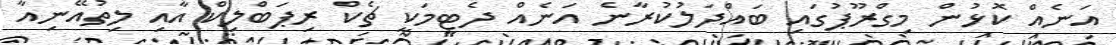
އަނެއް ކޮޅުން މިގްރޫޕުގައި ބައްދަލުކުރާނެ އަނެއް ދެޓީމަކީ ޗެކް ރިޕަބްލިކް އާއި ލިތުއޭނިއާ